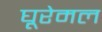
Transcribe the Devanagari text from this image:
घूरेमल